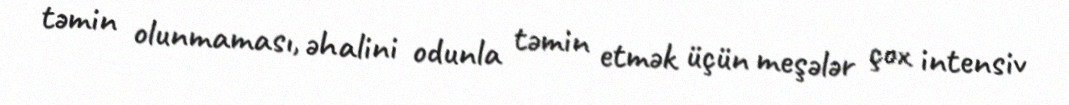
təmin olunmaması, əhalini odunla təmin etmək üçün meşələr çox intensiv